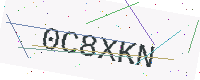
Text: 0C8XKN